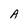
Character: A